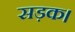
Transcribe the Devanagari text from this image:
सड़क।